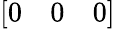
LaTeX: \left[\begin{array}{ccc}{{0}}&{{0}}&{{0}}\end{array}\right]